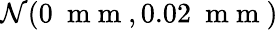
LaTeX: \mathcal{N}(0\ \mathrm{~m~m~},0.02\ \mathrm{~m~m~})